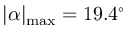
| \alpha | _ { \mathrm { m a x } } = 1 9 . 4 ^ { \circ }